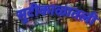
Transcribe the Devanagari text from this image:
सुटीकाळातली